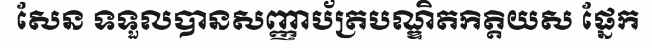
សែន ទទួលបានសញ្ញាប័ត្របណ្ឌិតកិត្តិយស ផ្នែក